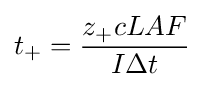
t_{+}={\frac {z_{+}cLAF}{I\Delta t}}